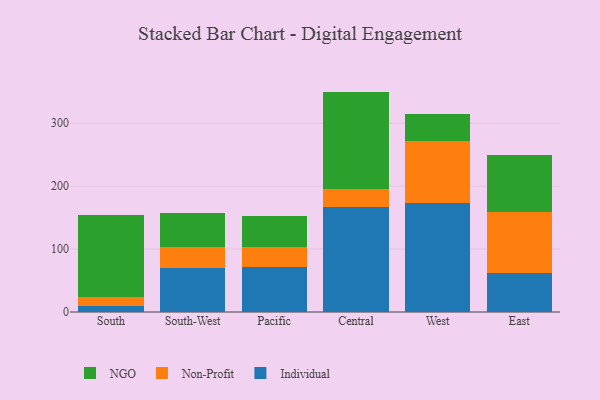
{"axis": {"x": "Region", "y": "Backlog"}, "legend": ["Individual", "NGO", "Non-Profit"], "data": [{"x": "South", "y": 9.0, "type": "Individual"}, {"x": "South", "y": 14.4, "type": "Non-Profit"}, {"x": "South", "y": 130.1, "type": "NGO"}, {"x": "South-West", "y": 70.7, "type": "Individual"}, {"x": "South-West", "y": 31.9, "type": "Non-Profit"}, {"x": "South-West", "y": 55.1, "type": "NGO"}, {"x": "Pacific", "y": 71.0, "type": "Individual"}, {"x": "Pacific", "y": 32.9, "type": "Non-Profit"}, {"x": "Pacific", "y": 49.3, "type": "NGO"}, {"x": "Central", "y": 167.1, "type": "Individual"}, {"x": "Central", "y": 29.1, "type": "Non-Profit"}, {"x": "Central", "y": 154.0, "type": "NGO"}, {"x": "West", "y": 172.9, "type": "Individual"}, {"x": "West", "y": 98.7, "type": "Non-Profit"}, {"x": "West", "y": 42.5, "type": "NGO"}, {"x": "East", "y": 62.6, "type": "Individual"}, {"x": "East", "y": 96.4, "type": "Non-Profit"}, {"x": "East", "y": 89.9, "type": "NGO"}]}